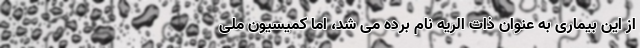
از این بیماری به عنوان ذات الریه نام برده می شد، اما کمیسیون ملی